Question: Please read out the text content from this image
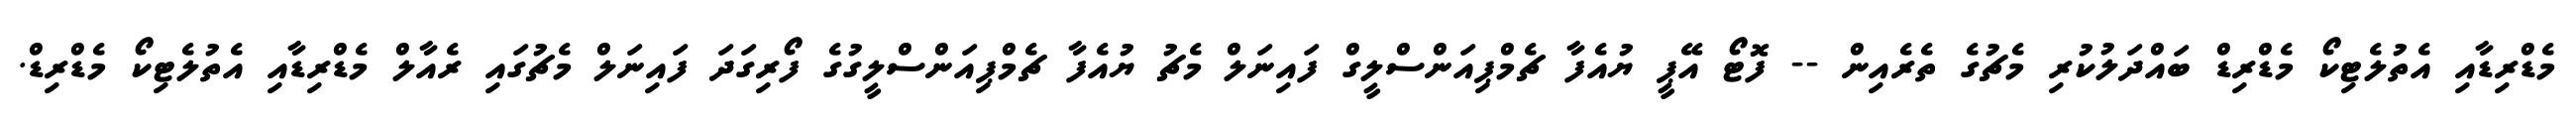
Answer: މެޑްރިޑާއި އެތުލެޓިކޯ މެޑްރިޑް ބައްދަލުކުރި މެޗުގެ ތެރެއިން -- ފޮޓޯ އޭޕީ ޔުއެފާ ޗެމްޕިއަންސްލީގް ފައިނަލް މެޗު ޔުއެފާ ޗެމްޕިއަންސްލީގުގެ ފޯރިގަދަ ފައިނަލް މެޗުގައި ރެއާލް މެޑްރިޑާއި އެތުލެޓިކޯ މެޑްރިޑް.